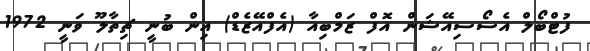
ފުޓްބޯލް އެސޯސިއޭޝަން އޮފް ޒަމްބިއާ (އެފްއޭޒެޑް) އިން ބުނީ ޗިތާލޫ ވަނީ 1972